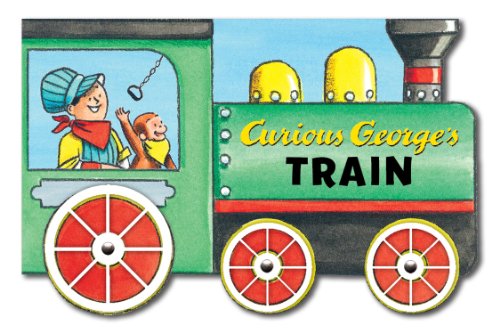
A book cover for Curious George's Train (mini movers shaped board books); H. A. Rey; Children's Books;